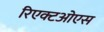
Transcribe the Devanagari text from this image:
रिएक्टओएस